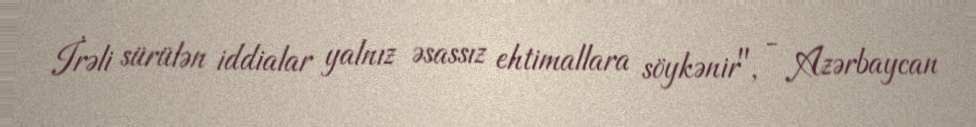
İrəli sürülən iddialar yalnız əsassız ehtimallara söykənir", - Azərbaycan